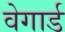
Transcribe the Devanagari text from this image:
वेगार्ड